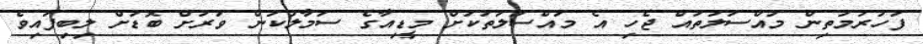
ފަހަރުމަތިން މައްސަލަތައް ޖެހި އެ މައްސަލަތަކަށް މީޑިއާގެ ސަމާލުކަން ވަރަށް ބޮޑަށް ލިބިފައިވެ